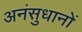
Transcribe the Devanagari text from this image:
अनंसुधानों